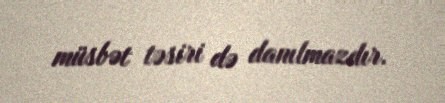
müsbət təsiri də danılmazdır.